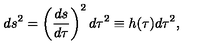
d s ^ { 2 } = \left( \frac { d s } { d \tau } \right) ^ { 2 } d \tau ^ { 2 } \equiv h ( \tau ) d \tau ^ { 2 } ,